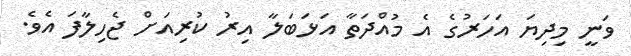
ވަނީ މިދިޔަ އަހަރުގެ އެ މުއްދަތާ އަޅަބަލާ އިރު ކުރިއަށް ޖެހިލާފަ އެވެ.